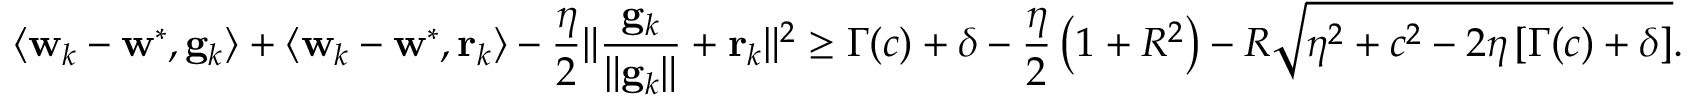
\langle \mathbf w _ { k } - \mathbf w ^ { * } , \mathbf g _ { k } \rangle + \langle \mathbf w _ { k } - \mathbf w ^ { * } , \mathbf r _ { k } \rangle - \frac { \eta } { 2 } \| \frac { \mathbf g _ { k } } { \| \mathbf g _ { k } \| } + \mathbf r _ { k } \| ^ { 2 } \geq \Gamma ( c ) + \delta - \frac { \eta } { 2 } \left( 1 + R ^ { 2 } \right) - R \sqrt { \eta ^ { 2 } + c ^ { 2 } - 2 \eta \left[ \Gamma ( c ) + \delta \right] } .